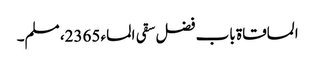
المساقاۃ باب فضل سقی الماء 2365، مسلم۔